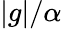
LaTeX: |g|/\alpha